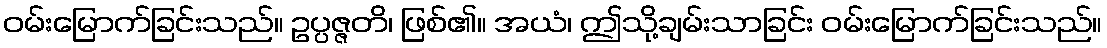
ဝမ်းမြောက်ခြင်းသည်။ ဥပ္ပဇ္ဇတိ၊ ဖြစ်၏။ အယံ၊ ဤသို့ချမ်းသာခြင်း ဝမ်းမြောက်ခြင်းသည်။